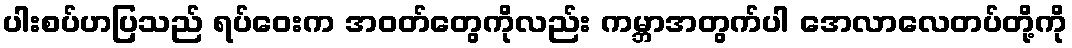
ပါးစပ်ဟပြသည် ရပ်ဝေးက အဝတ်တွေကိုလည်း ကမ္ဘာအတွက်ပါ အေလာလေတပ်တို့ကို